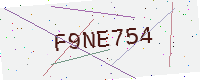
Text: F9NE754